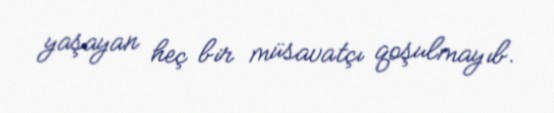
yaşayan heç bir müsavatçı qoşulmayıb.